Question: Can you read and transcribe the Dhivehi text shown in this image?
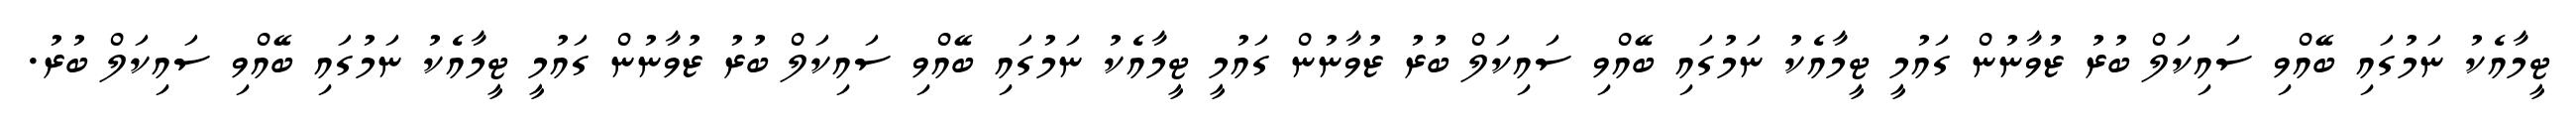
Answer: ޓީމާއެކު ނަމުގައި ބޭއްވި ސައިކަލް ބުރު ޒުވާނުން ގައުމީ ޓީމާއެކު ނަމުގައި ބޭއްވި ސައިކަލް ބުރު ޒުވާނުން ގައުމީ ޓީމާއެކު ނަމުގައި ބޭއްވި ސައިކަލް ބުރު ޒުވާނުން ގައުމީ ޓީމާއެކު ނަމުގައި ބޭއްވި ސައިކަލް ބުރު.